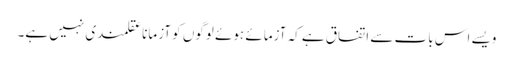
ویسے اس بات سے اتفاق ہے کہ آزمائے ہوئے لوگوں کو آزمانا عقلمندی نہیں ہے۔